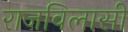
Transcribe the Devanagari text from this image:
राजविलासी